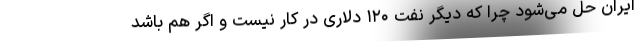
ایران حل می‌شود چرا که دیگر نفت ۱۲۰ دلاری در کار نیست و اگر هم باشد